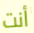
أنت